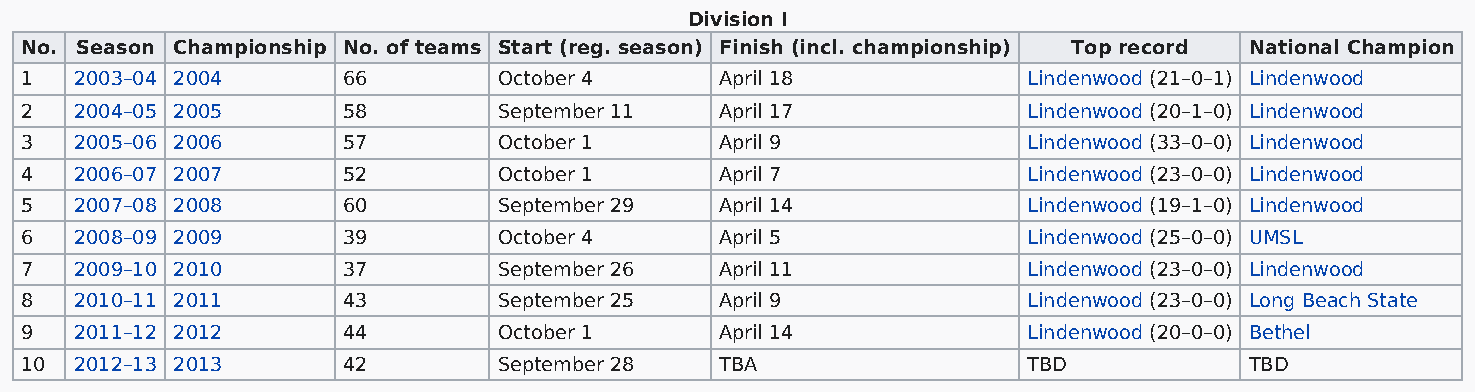
Division I
 No. Season Championship No. of teams Start (reg. season) Finish (incl. championship) Top record National Champion
 1   2003–04 2004      66        October 4      April 18            Lindenwood (21–0–1) Lindenwood
 2   2004–05 2005      58        September 11   April 17            Lindenwood (20–1–0) Lindenwood
 3   2005–06 2006      57        October 1      April 9             Lindenwood (33–0–0) Lindenwood
 4   2006–07 2007      52        October 1      April 7             Lindenwood (23–0–0) Lindenwood
 5   2007–08 2008      60        September 29   April 14            Lindenwood (19–1–0) Lindenwood
 6   2008–09 2009      39        October 4      April 5             Lindenwood (25–0–0) UMSL
 7   2009–10 2010      37        September 26   April 11            Lindenwood (23–0–0) Lindenwood
 8   2010–11 2011      43        September 25   April 9             Lindenwood (23–0–0) Long Beach State
 9   2011–12 2012      44        October 1      April 14            Lindenwood (20–0–0) Bethel
 10  2012–13 2013      42        September 28   TBA                 TBD            TBD